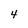
Character: 4